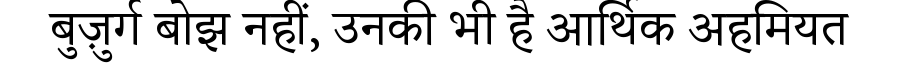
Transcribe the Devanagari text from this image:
बुज़ुर्ग बोझ नहीं, उनकी भी है आर्थिक अहमियत